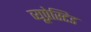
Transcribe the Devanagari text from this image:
व्यूप्रेस्टिड